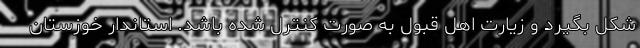
شکل بگیرد و زیارت اهل قبول به صورت کنترل شده باشد. استاندار خوزستان